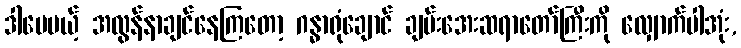
ဒါပေမယ့် အလွန်နာချင်နေကြတော့ ဂန္ဓာရုံချောင် ချမ်းအေးဆရာတော်ကြီးကို လျှောက်ပါအုံး,